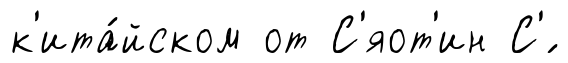
к'ита́йском от С'яот'ин С'́